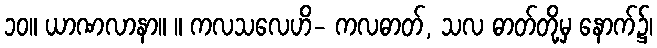
၁၀။ ယာဏလာနာ။ ။ ကလသလေဟိ- ကလဓာတ်, သလ ဓာတ်တို့မှ နောက်၌၊